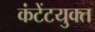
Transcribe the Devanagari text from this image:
कंटेंटयुक्त